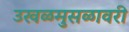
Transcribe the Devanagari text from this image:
उखळमुसळावरी